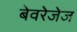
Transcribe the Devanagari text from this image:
बेवरेजेज